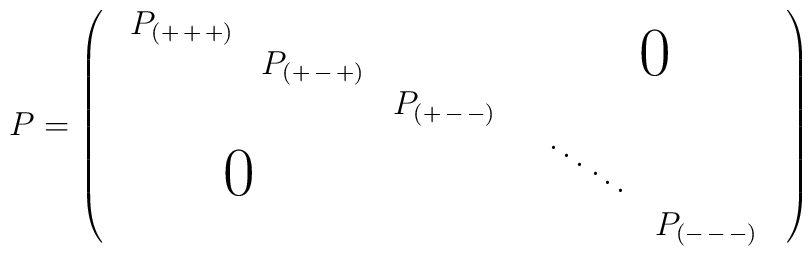
P = \left( \begin{array}{cc}\begin{array}{ccc}P_{(+\,+\,+)} & & \\ &P_{(+\,-\,+)} & \\ & &P_{(+\,-\,-)}\end{array} & \mbox{\Huge 0} \\\hspace*{-19mm} \mbox{\Huge 0} &\begin{array}{ccc}\vspace*{-3.5mm}\hspace*{-0.5mm}\ddots & & \\ &\hspace*{-3.1mm} \ddots & \\ & &P_{(-\,-\,-)}\end{array}\end{array} \right)